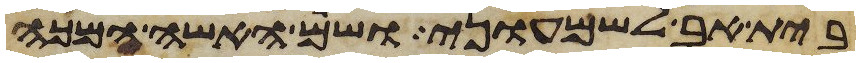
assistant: בית אב לשמעוני ושם האשה המכה